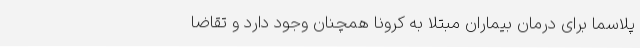
پلاسما برای درمان بیماران مبتلا به کرونا همچنان وجود دارد و تقاضا